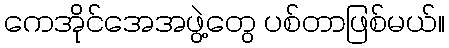
ကေအိုင်အေအဖွဲ့တွေ ပစ်တာဖြစ်မယ်။